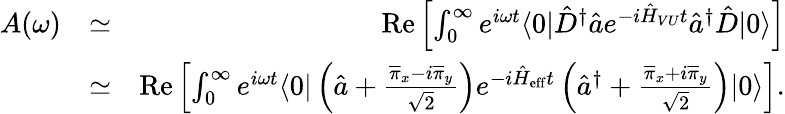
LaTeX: \begin{array}{rlr}{A(\omega)}&{\simeq}&{\mathrm{Re}\left[\int_{0}^{\infty}e^{i\omega t}\langle 0|\hat{D}^{\dagger}\hat{a}e^{-i\hat{H}_{VU}t}\hat{a}^{\dagger}\hat{D}|0\rangle\right]}\\ &{\simeq}&{\mathrm{Re}\left[\int_{0}^{\infty}e^{i\omega t}\langle 0|\left(\hat{a}+\frac{\overline{{\pi}}_{x}-i\overline{{\pi}}_{y}}{\sqrt{2}}\right)e^{-i\hat{H}_{\mathrm{eff}}t}\left(\hat{a}^{\dagger}+\frac{\overline{{\pi}}_{x}+i\overline{{\pi}}_{y}}{\sqrt{2}}\right)|0\rangle\right].}\end{array}